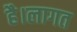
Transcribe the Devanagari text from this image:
है।लागत